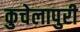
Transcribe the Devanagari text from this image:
कुचेलापुरी